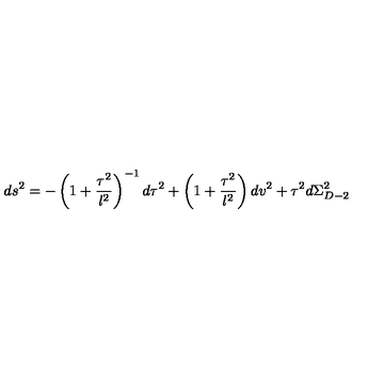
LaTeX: d s ^ { 2 } = - \left( 1 + \frac { \tau ^ { 2 } } { l ^ { 2 } } \right) ^ { - 1 } d \tau ^ { 2 } + \left( 1 + \frac { \tau ^ { 2 } } { l ^ { 2 } } \right) d v ^ { 2 } + \tau ^ { 2 } d \Sigma _ { D - 2 } ^ { 2 }